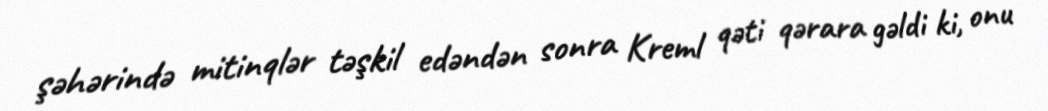
şəhərində mitinqlər təşkil edəndən sonra Kreml qəti qərara gəldi ki, onu